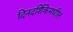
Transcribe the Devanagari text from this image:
दिनदर्शिकेमधील